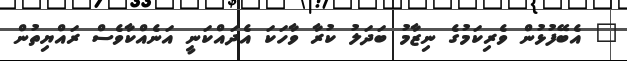
" އެބޭފުޅުން ވެރިކަމުގެ ނިޒާމު ބަދަލު ކުރާ ވާހަކަ އެދައްކަނީ އަނެއްކާވެސް ރައްޔިތުން